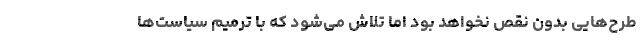
طرح‌هایی بدون نقص نخواهد بود اما تلاش می‌شود که با ترمیم سیاست‌ها